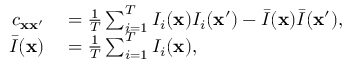
\begin{array} { r l } { c _ { { \bf x x } ^ { \prime } } } & { { } = \frac { 1 } { T } \sum _ { i = 1 } ^ { T } I _ { i } ( { \bf x } ) I _ { i } ( { \bf x } ^ { \prime } ) - \bar { I } ( { \bf x } ) \bar { I } ( { \bf x } ^ { \prime } ) , } \\ { \bar { I } ( { \bf x } ) } & { { } = \frac { 1 } { T } \sum _ { i = 1 } ^ { T } I _ { i } ( { \bf x } ) , } \end{array}